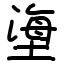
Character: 塰